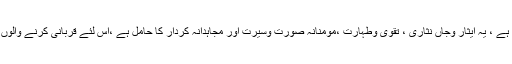
قربانی جانور ذبح کرنے اور گوشت کھانے کا نام نہیں ہے ، یہ ایثار وجاں نثاری ، تقوی وطہارت ،مومنانہ صورت وسیرت اور مجاہدانہ کردار کا حامل ہے ،اس لئے قربانی کرنے والوں کو اپنی نیت خالص اور قربانی لوجہ اللہ کرنی چاہئے ۔